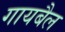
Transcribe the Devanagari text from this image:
गायबैल